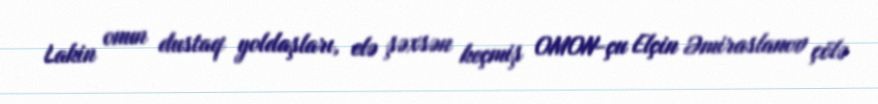
Lakin onun dustaq yoldaşları, elə şəxsən keçmiş OMON-çu Elçin Əmiraslanov çölə